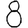
Digit: 8